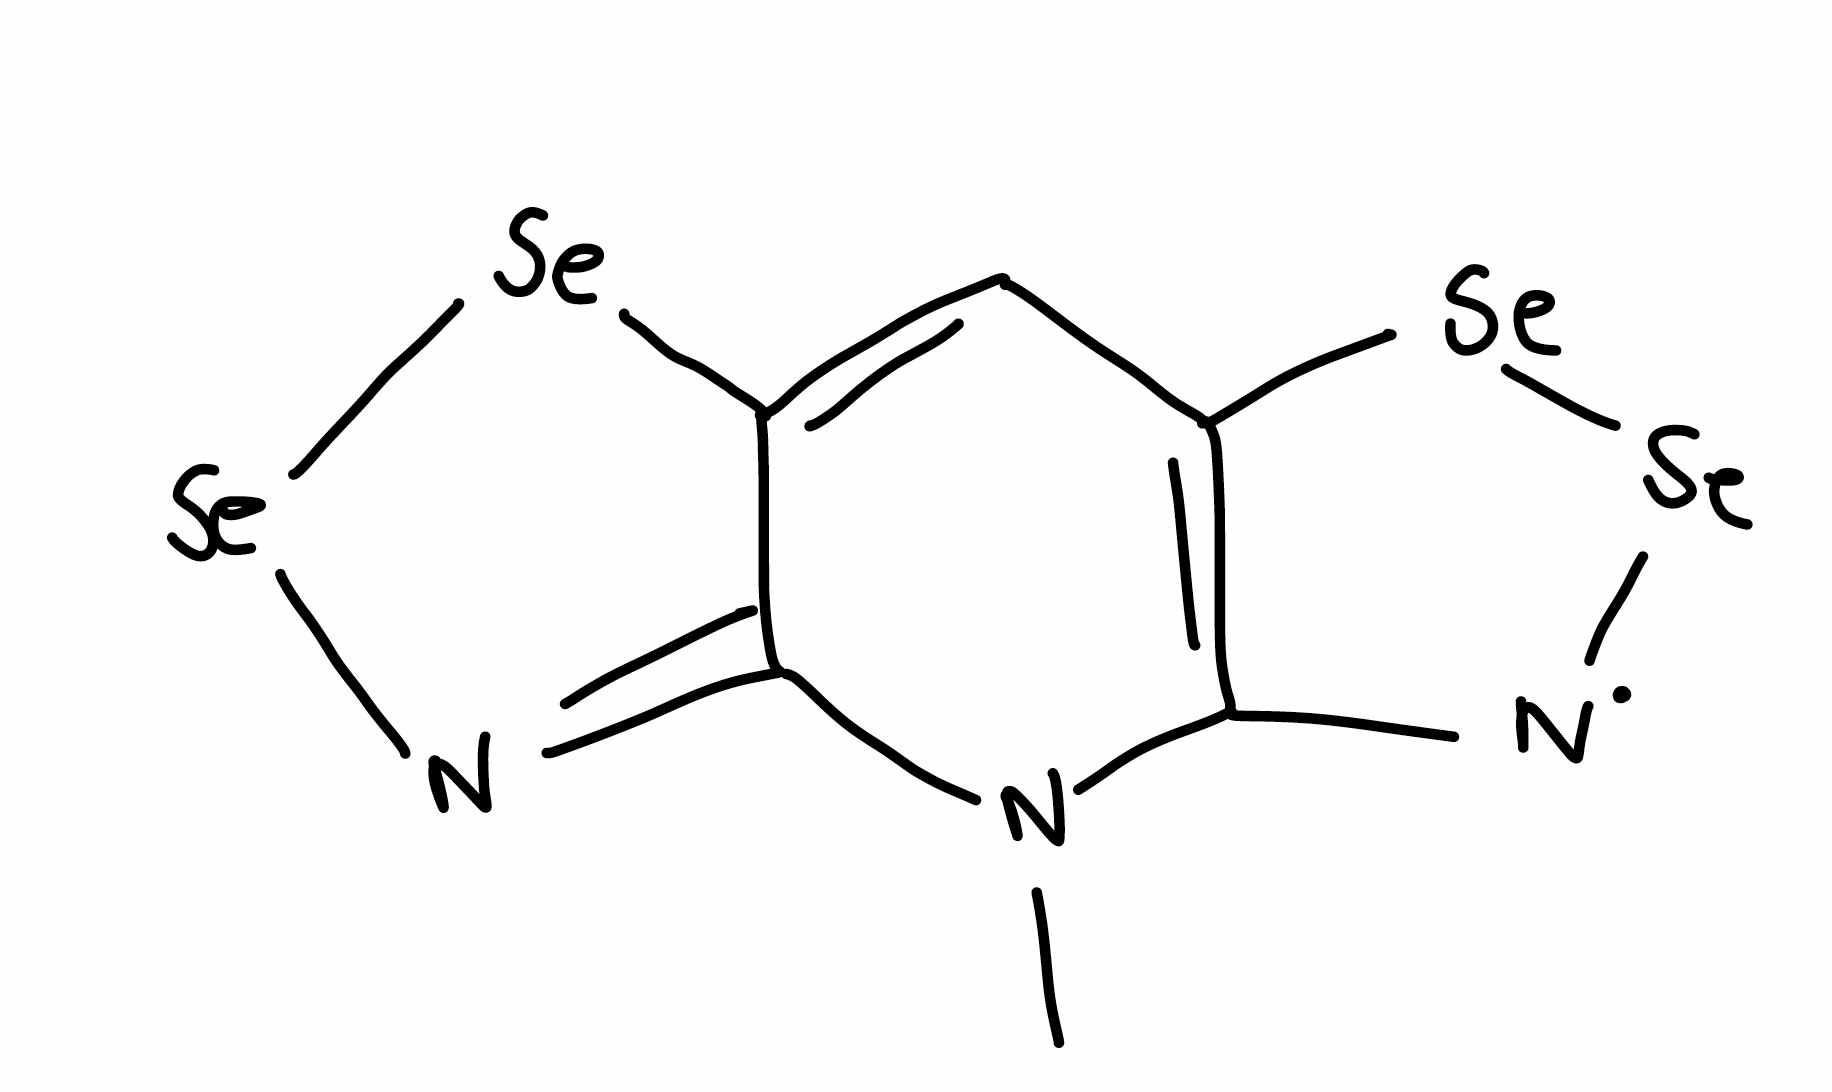
Simplified molecular-input line-entry system (SMILES) notation of the given molecule:
CN1C2=C(C=C3C1=N[Se][Se]3)[Se][Se][N]2